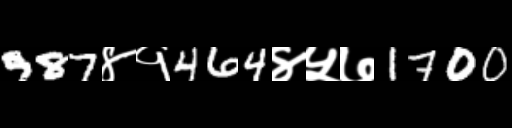
Text: 987४१464४५७1700